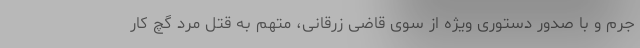
جرم و با صدور دستوری ویژه از سوی قاضی زرقانی، متهم به قتل مرد گچ کار